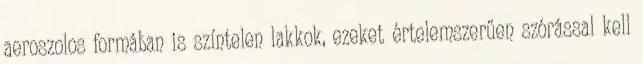
aeroszolos formában is színtelen lakkok, ezeket értelemszerűen szórással kell